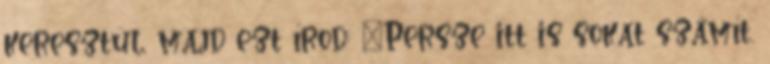
keresztül, majd ezt írod: "Persze itt is sokat számít,